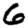
Digit: 6